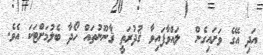
އަދި އޭގެ ވަށައިގެން  ލައްވާފައިވާ ޤުދުރަތީ ޤާނޫނުތައް ހޯދާ ބެލުމަށްޓަކަ އެވެ.